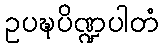
ဥပဍ္ဎပိဏ္ဍပါတံ